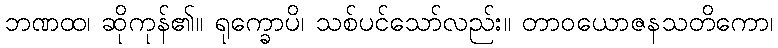
ဘဏထ၊ ဆိုကုန်၏။ ရုက္ခောပိ၊ သစ်ပင်သော်လည်း။ တာဝယောဇနသတိကော၊